Scottish Leaving Certificate Examination, 1957
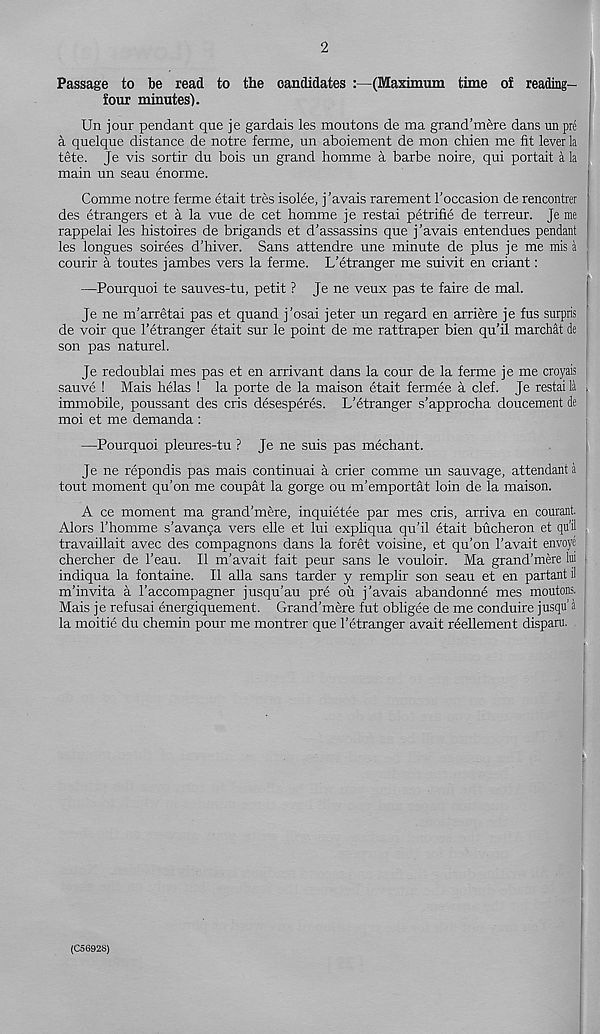
2
Passage to be read to the candidates :—(Maximum time of reading-
four minutes).
Un jour pendant que je gardais les moutons de ma grand’mere dans un pre
a quelque distance de notre ferme, un aboiement de mon chien me fit lever la
tete. Je vis sortir du bois un grand homme a barbe noire, qui portait a la
main un seau enorme.
Comme notre ferme etait tres isolee, j’avais rarement 1'occasion de rencontrer
des etrangers et a la vue de cet homme je restai petrifie de terreur. Je me
rappelai les histoires de brigands et d’assassins que j'avais entendues pendant
les longues soirees d’hiver. Sans attendre une minute de plus je me mis a
courir a toutes jambes vers la ferme. L’etranger me suivit en criant:
—Pourquoi te sauves-tu, petit ? Je ne veux pas te faire de mal.
Je ne m’arretai pas et quand j’osai jeter un regard en arriere je fus surpris
de voir que 1’etranger etait sur le point de me rattraper bien qu’il marchat de
son pas naturel.
Je redoublai mes pas et en arrivant dans la cour de la ferme je me croyais
sauve ! Mais helas ! la porte de la maison etait fermee a clef. Je restai la
immobile, poussant des cris desesperes. L’etranger s’approcha doucement de
moi et me demanda :
—Pourquoi pleures-tu ? Je ne suis pas mechant.
Je ne repondis pas mais continual a crier comme un sauvage, attendant a
tout moment qu’on me coupat la gorge ou m’emportat loin de la maison.
A ce moment ma grand’mere, inquietee par mes cris, arriva en courant,
Alors I’homme s’avan9a vers elle et lui expliqua qu’il etait bucheron et qu'il
travaillait avec des compagnons dans la foret voisine, et qu’on 1’avait envoye !
chercher de 1’eau. II m’avait fait peur sans le vouloir. Ma grand’mere lui
indiqua la fontaine. II alia sans tarder y remplir son seau et en partant il
m’invita a I’accompagner jusqu’au pre oil j’avais abandonne mes moutons.
Mais je refusai energiquement. Grand’mere fut obligee de me conduire jusqu’ a
la moitie du chemin pour me montrer que 1’etranger avait reellement disparu.
t
(C56928)